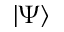
| \Psi \rangle